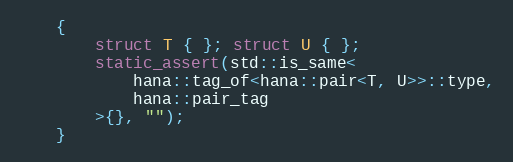
Language: C++
    {
        struct T { }; struct U { };
        static_assert(std::is_same<
            hana::tag_of<hana::pair<T, U>>::type,
            hana::pair_tag
        >{}, "");
    }